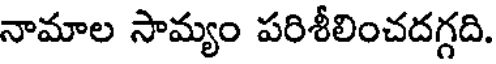
నామాల సామ్యం పరిశీలించదగ్గది.